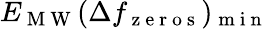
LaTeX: E_{\mathrm{~M~W~}}{(}\Delta f_{\mathrm{~z~e~r~o~s~}}{)}_{\mathrm{~m~i~n~}}